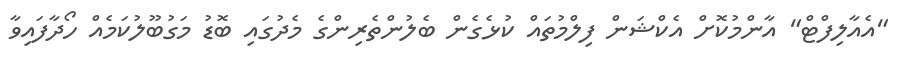
"އެއާލިފްޓް" އާންމުކޮށް އެކްޝަން ފިލްމުތައް ކުޅެގެން ބެލުންތެރިންގެ މެދުގައި ބޮޑު މަގުބޫލުކަމެއް ހޯދާފައިވާ